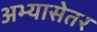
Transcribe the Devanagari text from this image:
अभ्यासेतर